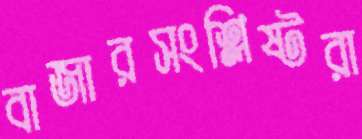
বাজারসংশ্লিষ্টরা